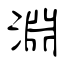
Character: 淵